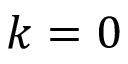
k = 0